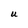
Character: U